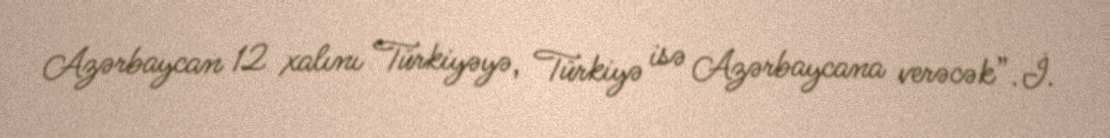
Azərbaycan 12 xalını Türkiyəyə, Türkiyə isə Azərbaycana verəcək”.İ.